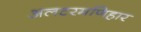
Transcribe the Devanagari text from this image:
अलटरमणिहार